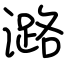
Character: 潞